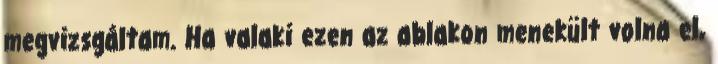
megvizsgáltam. Ha valaki ezen az ablakon menekült volna el,